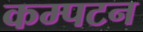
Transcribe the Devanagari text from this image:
कम्पटन